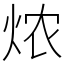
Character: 㶶